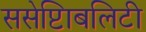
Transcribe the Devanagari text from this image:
ससेप्टिाबलिटी